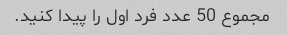
مجموع 50 عدد فرد اول را پیدا کنید.